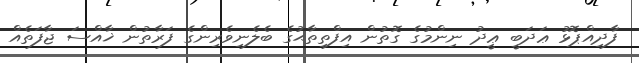
ފާދިއްޕޮޅު ޢަދަބީ ޢީދު ނިންމުގެ ގޮތުން އިފްތިތާޙުގެ ބެލެނިވެރިންގެ ފަރާތުން ޚާއްސަ ޖާފަތެއް